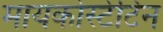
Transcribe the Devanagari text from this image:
मायकोस्टेटिन